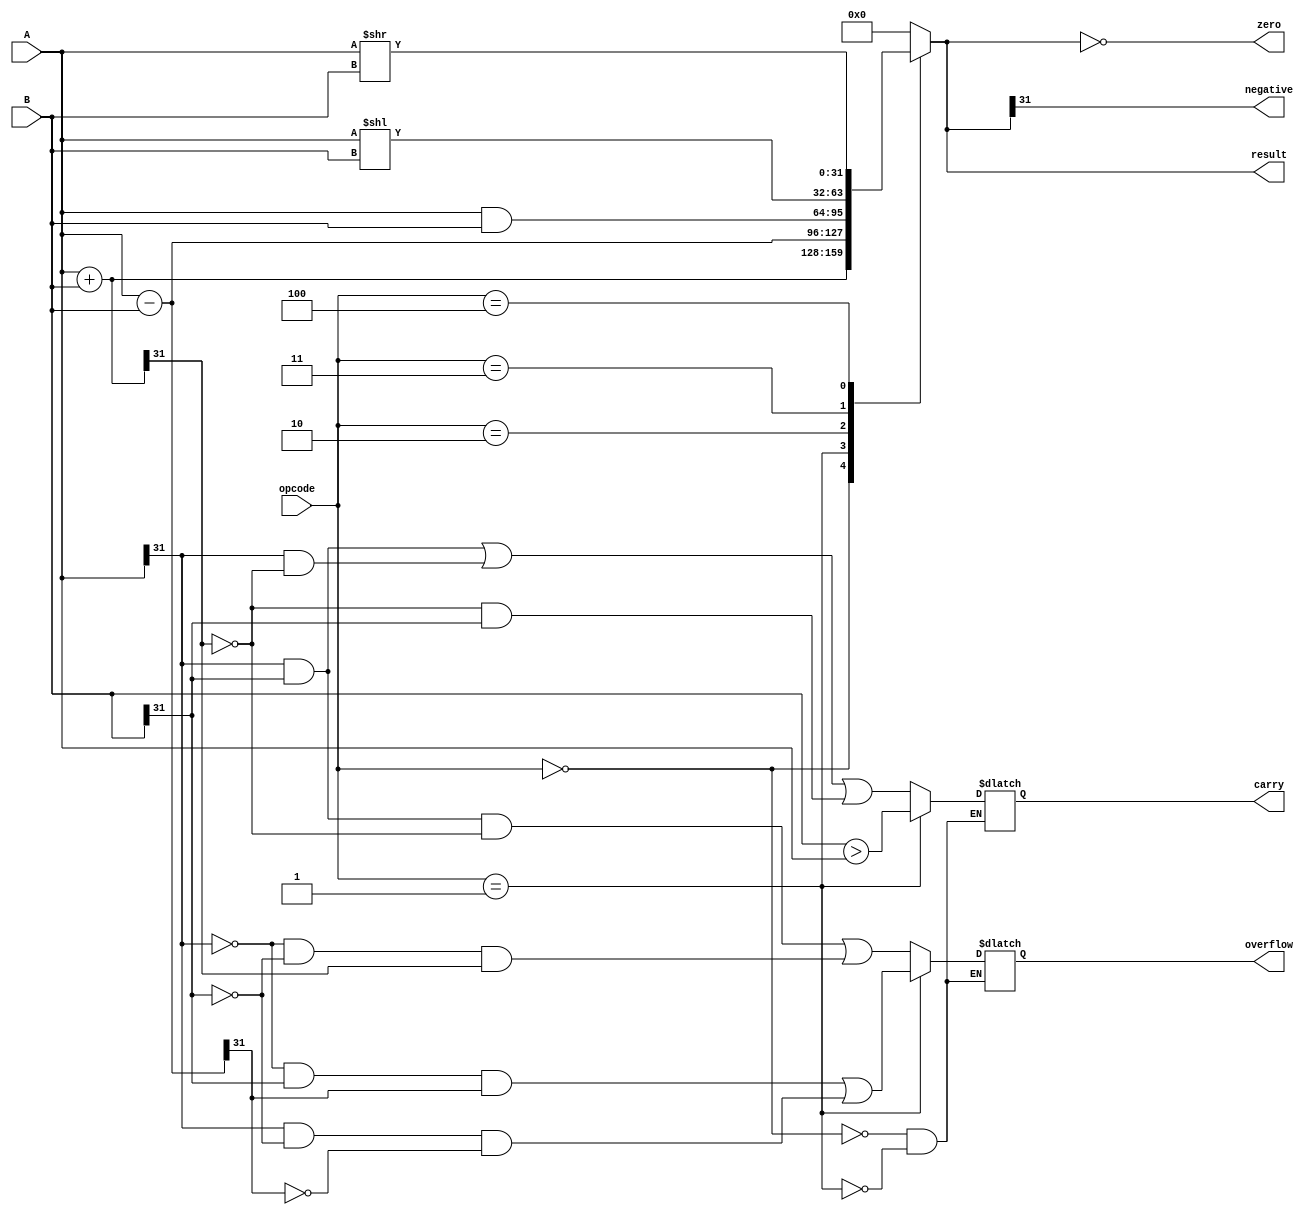
module ALU (
    input [31:0] A,
    input [31:0] B,
    input  [2:0]opcode , // 3 bit opcode
      output reg [31:0]result ,
      output reg carry,
      output reg zero,
      output reg negative,
      output reg overflow
  );
  initial begin 
         carry = 0;
          zero = 0;
          negative = 0;
          overflow = 0;
  end 
  always @(*)begin 
  
          case (opcode)
              3'b000: begin // ADD
                  result = A + B;
                $display("ALU result %0b" , result);
                  carry = A[31] & B[31] | A[31] & ~result[31] | ~result[31] & B[31]; // Carry out
                  overflow = A[31] & B[31] & ~result[31] | ~A[31] & ~B[31] & result[31]; // Overflow for addition
              end
  
              3'b001: begin // SUB
                  result = A - B;
                  carry = B > A; // Borrow in subtraction is the carry here
                  overflow = ~A[31] & B[31] & result[31] | A[31] & ~B[31] & ~result[31]; // Overflow for subtraction
              end
  
              3'b010: begin // AND
                  result = A & B;
              end
  
             
  
              3'b011: begin // SLL
                  result = A << B;
              end
  
              3'b100: begin // SRL
                  result = A >> B;
              end
  
              default: begin
                  result = 0;
              end
          endcase
          zero = (result == 0);	 // checks if the result is equal to zero and assigns the result to the zero flag
    $display("src1 = %0h\n src2=%0h\n , opcode = %0d\n Alu Result --- > %0h\n zero_flag %0b " ,A , B , opcode  , result , zero);

          negative = result[31]; // MSB as sign bit
      end
  endmodule